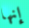
إنها